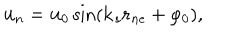
{ \bf u } _ { n } = { \bf u } _ { 0 } \sin \left( { \bf k } _ { s } { \bf r } _ { n e } + \varphi _ { 0 } \right) ,